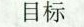
目标